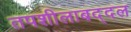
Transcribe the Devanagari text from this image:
तपशीलाबद्दल